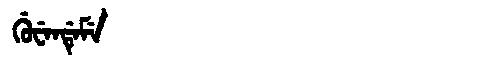
Manchu: ᡤᡠᠸᡝᠨᡩᡝᠮᡝ
Romanization: GUWENDEME